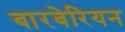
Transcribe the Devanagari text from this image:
बारबेरियन